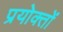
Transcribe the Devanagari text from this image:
प्रयोक्तों